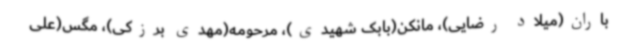
باران(میلاد رضایی)، مانکن(بابک شهیدی)، مرحومه(مهدی برزکی)، مگس(علی